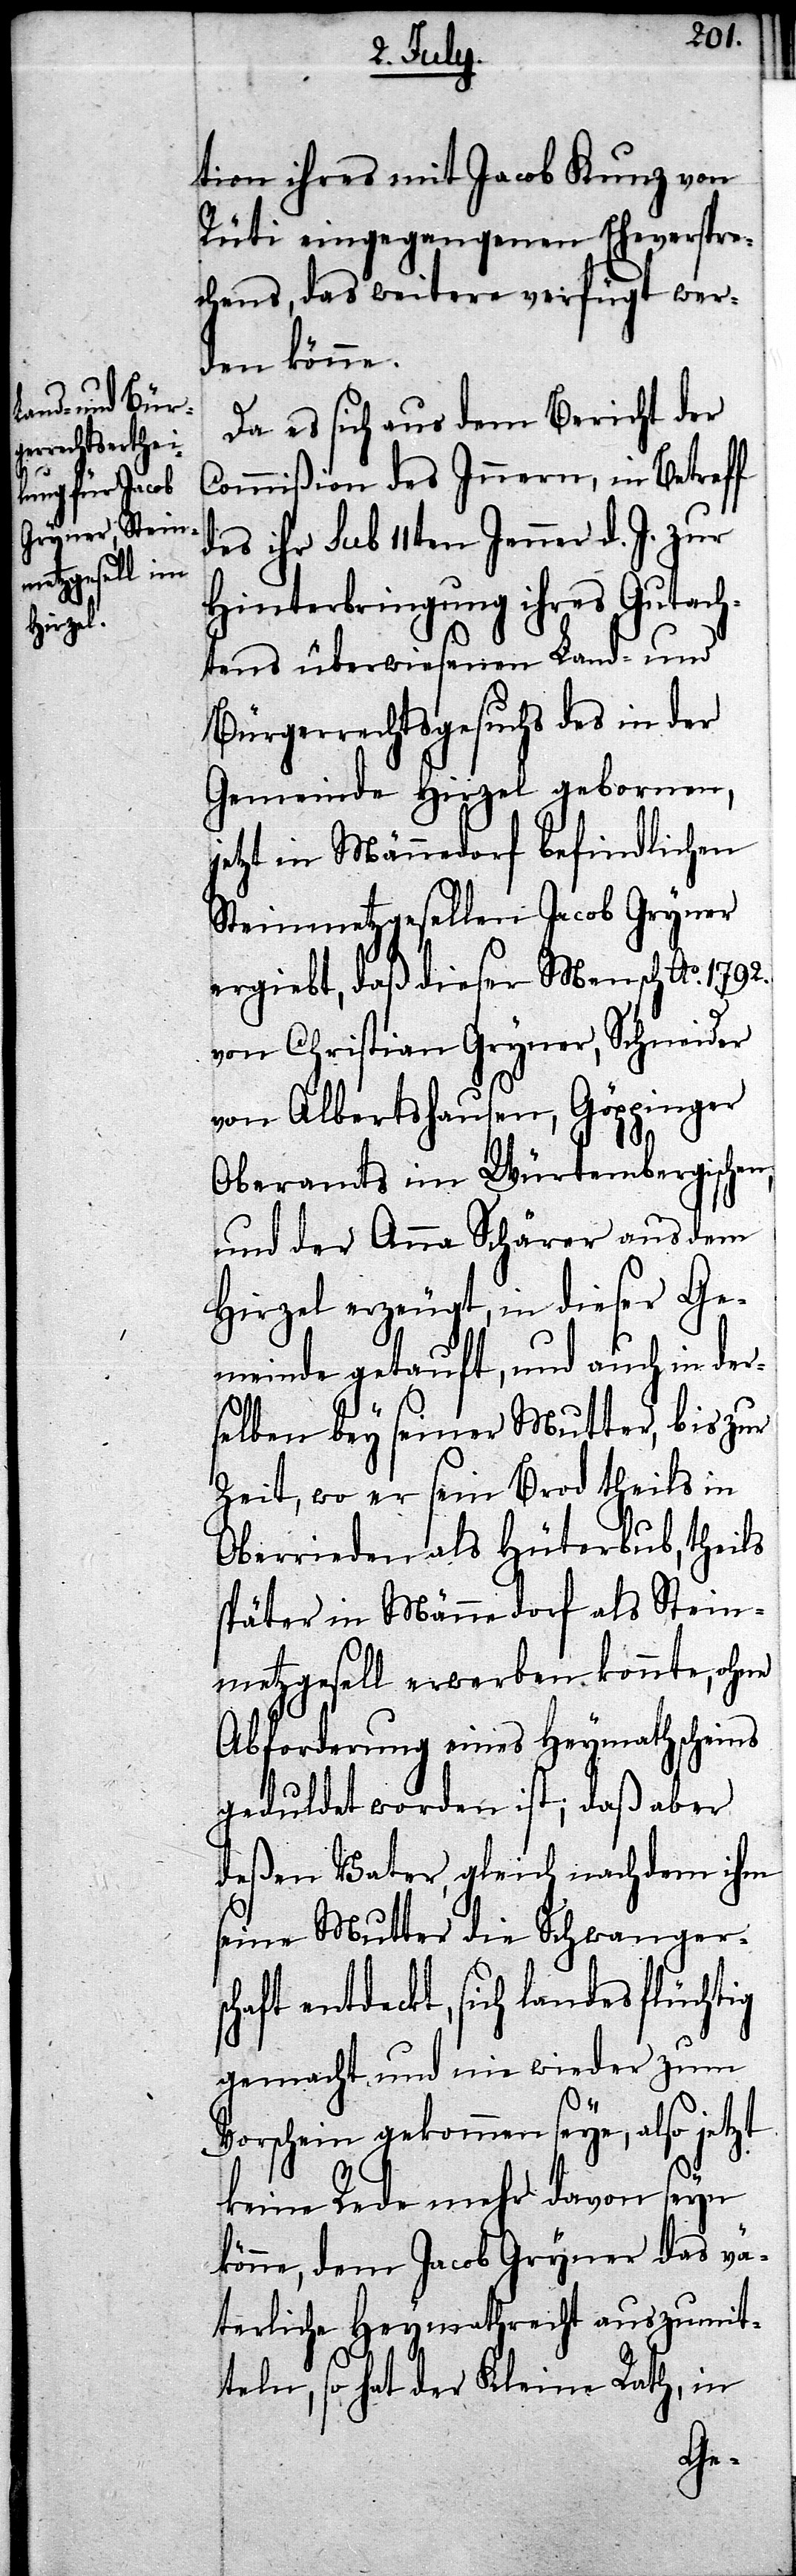
tion ihres mit Jacob Kunz von
Rüti eingegangenen Eheverspre¬
chens, das weitere verfügt wer¬
den könne.
Da es sich aus dem Bericht der
Commißion des Innern, in Betreff
des ihr sub 11ten Jenner d. J. zur
Hinterbringung ihres Gutach¬
tens überwiesenen Land- und
Bürgerrechtsgesuchs des in der
Gemeinde Hirzel gebornen,
jetzt in Männedorf befindlichen
Steinmetzgesellen Jacob Gryner
ergiebt, daß dieser Mensch Ao. 1792.
von Christian Gryner, Schneider
von Albertshausen, Göppinger
Oberamts im Würtembergischen,
und der Anna Schärer aus dem
Hirzel erzeugt, in dieser Ge¬
meinde getauft, und auch in der¬
selben bey seiner Mutter, bis zur
Zeit, wo er sein Brot theils in
Oberrieden als Hüterbub, theils
später in Männedorf als Stein¬
metzgesell erwerben konnte, ohne
Abforderung eines Heymathscheins
geduldet worden ist; daß aber
deßen Vater, gleich nachdem ihm
seine Mutter die Schwangersc¬
haft entdeckt, sich landesflüchtig
gemacht und nie wieder zum
Vorschein gekommen seye, also jetzt
keine Rede mehr davon seyn
könne, dem Jacob Gryner das vä¬
terliche Heymathrecht auszumit¬
teln, so hat der Kleine Rath, in